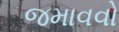
જમાવવો